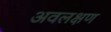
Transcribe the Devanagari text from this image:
अवलक्षण